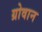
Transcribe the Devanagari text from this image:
ग्रोवान